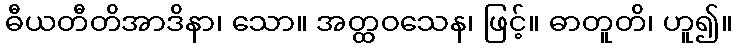
ဓီယတီတိအာဒိနာ၊ သော။ အတ္ထဝသေန၊ ဖြင့်။ ဓာတူတိ၊ ဟူ၍။